Cholera in India, 1862 to 1881
Year: 1862
Disease focus: Cholera
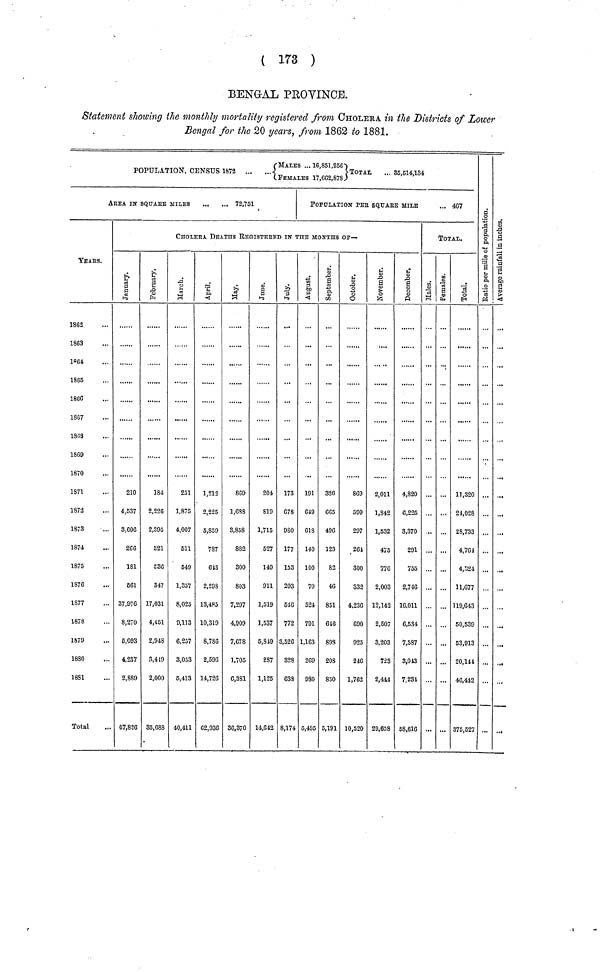
( 173 )
BENGAL PROVINCE.
Statement showing the monthly mortality registered from CHOLERA in the Districts of Lower
Bengal for the 20 years, from 1862 to 1881.
MALES ... 16,851,256
POPULATION, CENSUS 1872
ToTAL
... 85,614,134
.FEMALES 17,662,878.)
ArEA IN Square MILES
73,751
YEArS.
1862
1863
1864
1865
1866
1S67
1868
1869
1870
1871
1873
1S73
1874
1875
1S76
1S77
1878
1879
1880
1881
Total
POPULATION PEr SQuare MILE
... 467
CHOLERA DEATHS rEGISTErED in THE MONTHS Of—
January
210
4,537
3,606
266
181
661
37,976
8,270
5,093
4,237
2,SS9
67,826
February
184
2,226
2,395
821
£36
347
17,031
4,451
2,948
3,419
2,000
35,688
March
251
1,875
4,007
511
649
1,357
8,025
9,113
6,257
3,053
6,413
40,411
April
1,212
2,225
5,859
787
643
2,298
13,485
10,319
8,786
2,596
14,726
62,936
May
869
1,688
3,858
882
300
803
7,297
4,909
7,678
1,705
6,381
36,370
June
204
819
1,715
527
149
911
1,519
1,537
6,849
287
1,125
14,642
July
173
678
9SO
177
153
203
510
772
3,526
328
638
8,174
August
191
649
618
140
100
70
524
791
1,163
209
980
5,495
September
326
665
496
123
82
46
851
616
898
208
850
5,191
Octomber
809
599
297
261
300
332
4,236
690
925
246
1,762
10,520
November December
2,011
1,842
1,532
475
776
2,003
12,142
2,507
3,203
728
2,444
29,658
4,820
6,225
3,370
291
755
2,746
16,011
6,534
7,587
3,043
7.231
58,616
TOTAL.
Males
...
...
...
...
females
...
...
Total
11,320
21,028
28,733
4,761
4,824
11,077
119,643
60,539
53,913
20,144
46,442
375,527
Ratio per mil
...
...
...
...
Average rainfall
in inches
...
...
...
...
...
...
...
...